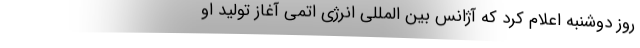
روز دوشنبه اعلام کرد که آژانس بین المللی انرژی اتمی آغاز تولید او